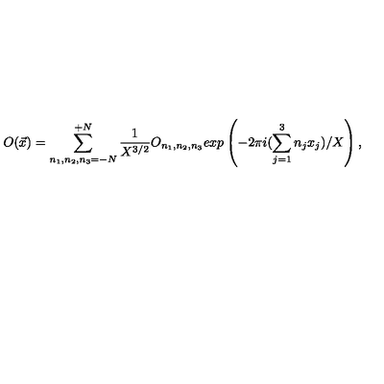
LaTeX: O ( { \vec { x } } ) = \sum _ { n _ { 1 } , n _ { 2 } , n _ { 3 } = - { N } } ^ { + { N } } \frac { 1 } { X ^ { 3 / 2 } } O _ { n _ { 1 } , n _ { 2 } , n _ { 3 } } e x p \left( - 2 \pi i ( \sum _ { j = 1 } ^ { 3 } n _ { j } x _ { j } ) / X \right) ,